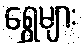
ရွှေများ